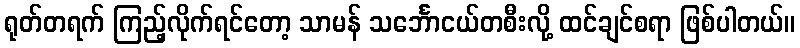
ရုတ်တရက် ကြည့်လိုက်ရင်တော့ သာမန် သင်္ဘောငယ်တစီးလို့ ထင်ချင်စရာ ဖြစ်ပါတယ်။